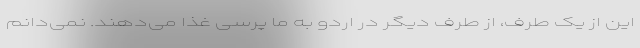
این از یک طرف، از طرف دیگر در اردو به ما پرسی غذا می‌دهند. نمی‌دانم